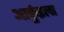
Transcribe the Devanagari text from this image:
आर्कुइला